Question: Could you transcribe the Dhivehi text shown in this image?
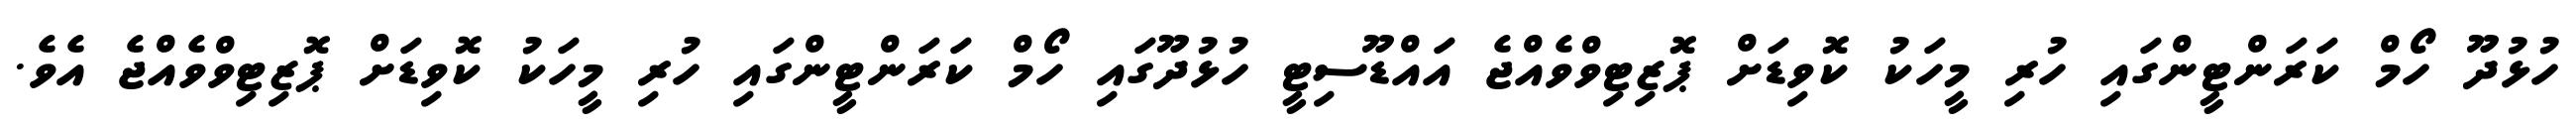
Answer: ހުޅުދޫ ހޯމް ކަރަންޓީންގައި ހުރި މީހަކު ކޮވިޑަށް ޕޮޒިޓިވްވެއްޖެ އައްޑޫސިޓީ ހުޅުދޫގައި ހޯމް ކަރަންޓީންގައި ހުރި މީހަކު ކޮވިޑަށް ޕޮޒިޓިވްވެއްޖެ އެވެ.